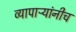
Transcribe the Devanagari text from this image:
व्यापाऱ्यांनीच